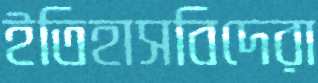
ইতিহাসবিদেরা